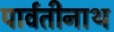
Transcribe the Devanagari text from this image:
पार्वतीनाथ